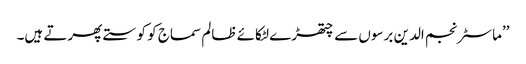
’’ماسٹر نجم الدین برسوں سے چتھڑے لٹکائے ظالم سماج کو کوستے پھرتے ہیں۔